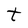
Character: t